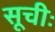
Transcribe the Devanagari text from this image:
सूचीः